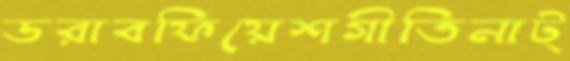
ডরাবফিয়েশগীতিনাট্